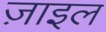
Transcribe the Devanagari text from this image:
ज़ाइल